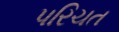
પરિચત